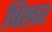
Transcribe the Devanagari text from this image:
षिखर